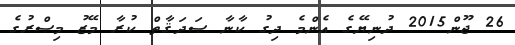
26 ޖޫން2015 ދުނިޔޭގެ އެންމެ ދިގު ކާނާ ޞަދަޤާތް ކުރާ މޭޒު މިޞްރުގެ